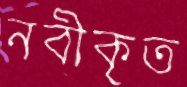
নবীকৃত